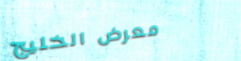
معرض الخليج